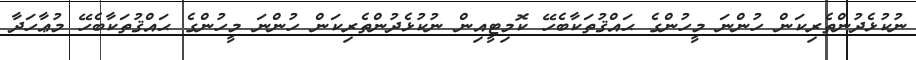
ނުކުޅެދުންތެރިކަން ހުންނަ މީހުންގެ ޙައްޤުތަކާބެހޭ ކޮމިޓީއިން ނުކުޅެދުންތެރިކަން ހުންނަ މީހުންގެ ޙައްޤުތަކާބެހޭ މުޢާހަދާ